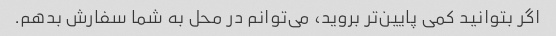
اگر بتوانید کمی پایین‌تر بروید، می‌توانم در محل به شما سفارش بدهم.